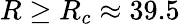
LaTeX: R\ge R_{c}\approx 39.5